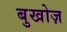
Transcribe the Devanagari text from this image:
बुखोज़